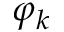
\varphi _ { k }